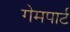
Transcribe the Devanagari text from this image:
गेमपार्ट